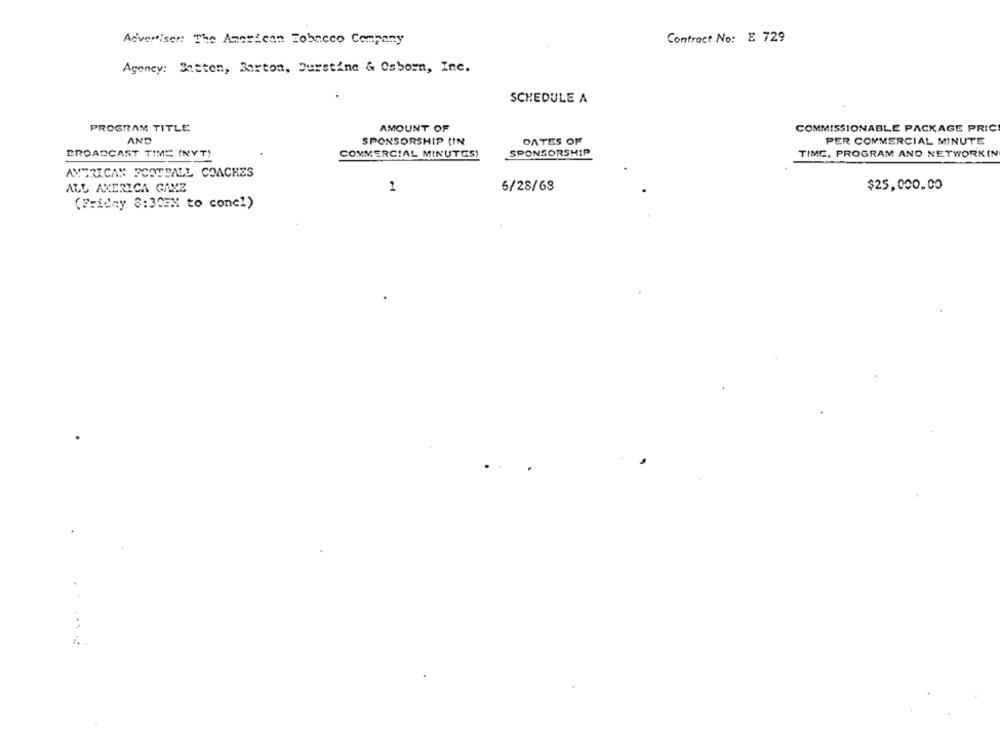
Advertiser: The American Tobacco Company
Contract No: E 729
Agency: Botten, Barton, Durstine & Osborn, Inc.
SCHEDULE A
PROGRAM TITLE
AMOUNT OF
COMMISSIONABLE PACKAGE PRIC
AND
SPONSORSHIP (IN
DATES OF
PER COMMERCIAL MINUTE
BROADCAST TIME (NYT!
COMMERCIAL MINUTES)
SPONSORSHIP
TIME, PROGRAM AND NETWORKIN
AMERICAN FOOTBALL COACHES
6/28/63
$25,000.00
ALL AMERICA GAYZ
1
(Friday 8:30EM to conel)